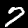
Digit: 7